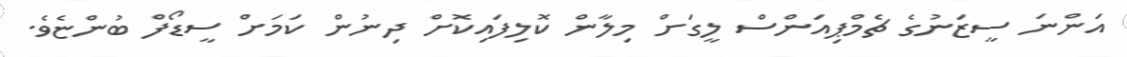
އަންނަ ސީޒަނުގެ ޗެމްޕިއަންސް ލީގަށް މިލާން ކޮލިފައިކޮށް ދިނުން ކަމަށް ސީޑޯފް ބުންޏެވެ.